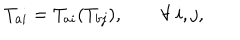
T _ { a i } = T _ { a i } ( T _ { b j } ) , \qquad \forall \ i , j ,